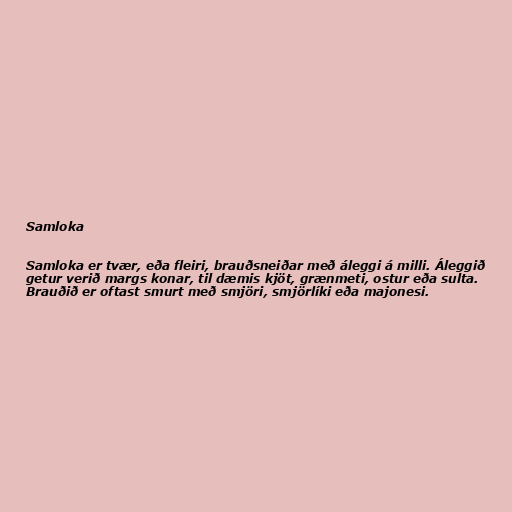
Samloka

Samloka er tvær, eða fleiri, brauðsneiðar með áleggi á milli. Áleggið
getur verið margs konar, til dæmis kjöt, grænmeti, ostur eða sulta.
Brauðið er oftast smurt með smjöri, smjörlíki eða majonesi.